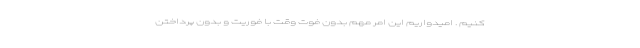
کنیم . امیدواریم این امر مهم بدون فوت وقت با فوریت و بدون پرداختن